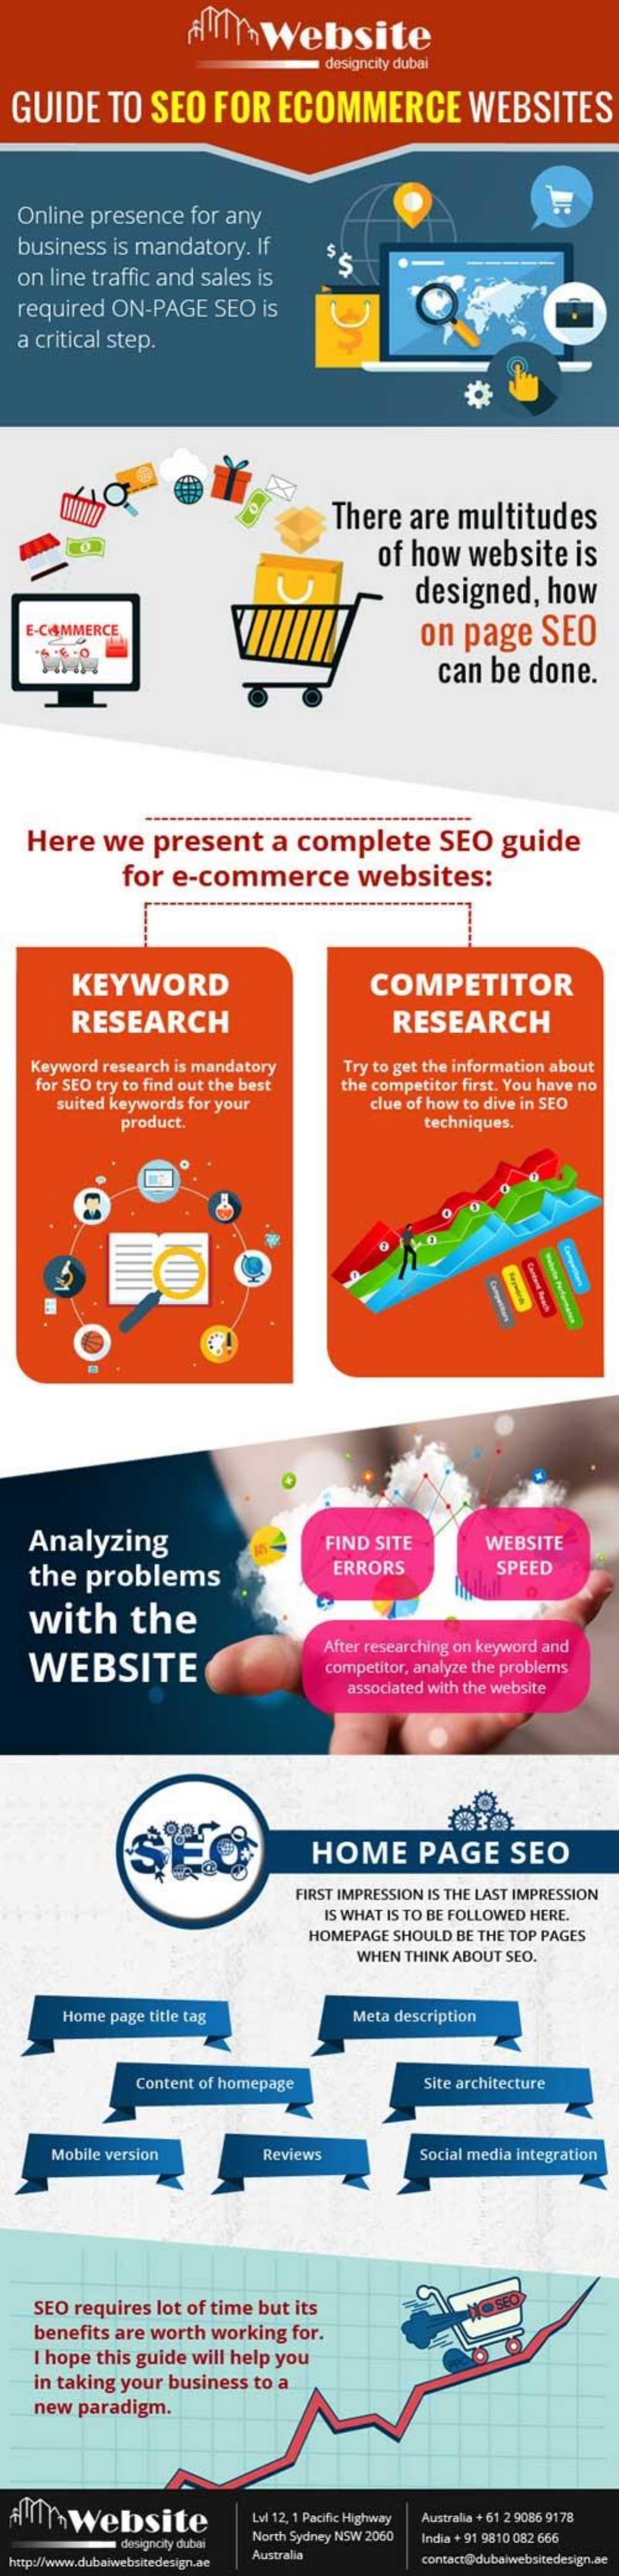
aWebsite
     designcity dubai
  GUIDE   TO  SEO  FOR   ECOMMERCE    WEBSITES
  Online presence for any
  business is mandatory. If
  on line traffic and sales is
  required ON-PAGE  SEO is
  a critical step.
     There  are  multitudes
     of how  website  is
     designed,   how
   E-COMMERCE    on  page   SEO
     can  be done.
   Here  we   present    a complete    SEO   guide
     for e-commerce    websites:
     KEYWORD    COMPETITOR
     RESEARCH    RESEARCH
   Keyword research is mandatory
   for SEO try to find out the best
     Try to get the information about
     suited keywords for your
     the competitor first. You have no
     clue of how to dive in SEO
     product.    techniques.
   Analyzing    FIND SITE    WEBSITE
   the  problems
     ERRORS    SPEED
   with    the
   WEBSITE
     After researching on keyword and
     competitor, analyze the problems
     associated with the website
     SEC    HOME    PAGE    SEO
     FIRST IMPRESSION IS THE LAST IMPRESSION
     IS WHAT IS TO BE FOLLOWED HERE.
     HOMEPAGE SHOULD BE THE TOP PAGES
     WHEN THINK ABOUT SEO.
     Home page title tag    Meta description
     Content of homepage    Site architecture
     Mobile version    Reviews    Social media integration
   SEO requires lot of time but its    O SEO
    benefits are worth working for.
    I hope this guide will help you
    in taking your business to a
   new paradigm.
  mrwebsite    Lvl 12, 1 Pacific Highway Australia + 61 2 9086 9178
     lesigncity dubai
     North Sydney NSW 2060 India + 91 9810 082 666
     edesign  Australia    contact@dubaiwebsitedesign.ne